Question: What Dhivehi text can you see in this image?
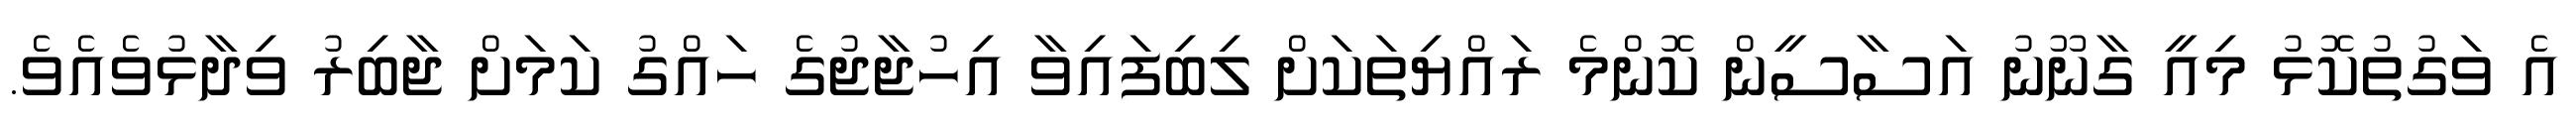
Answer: އެ ވަގުތުކޮޅު މިއީ ގާނޫނު އަސާސީން ކޮންމެ ރައްޔިތަކަށް ލިބިފައިވާ އިހުޖާޖުގެ ހައްގު ކަމަށް ޖާބިރު ވިދާޅުވެއެވެ.